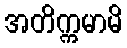
အတိက္ကမာမိ